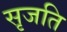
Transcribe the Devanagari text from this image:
सृजति